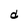
Character: d